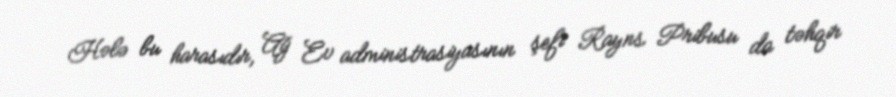
Hələ bu harasıdır, Ağ Ev administrasiyasının şefi Rayns Pribusu da təhqir